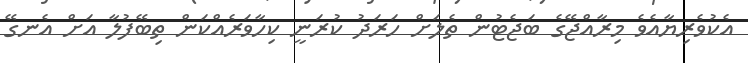
އެކުވެރިޔާއެވެ މިރާއްޖޭގެ ބަޖެޓުން ތެލަށް ހަރަދު ކުރަނީ ކިހާވަރެއްކަން ތިބޭފުލާ އަށް އެނގޭ